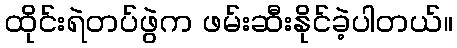
ထိုင်းရဲတပ်ဖွဲက ဖမ်းဆီးနိုင်ခဲ့ပါတယ်။